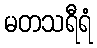
မတသရီရံ